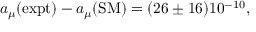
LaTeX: a _ { \mu } ( \mathrm { e x p t } ) - a _ { \mu } ( \mathrm { S M } ) = ( 2 6 \pm 1 6 ) 1 0 ^ { - 1 0 } ,